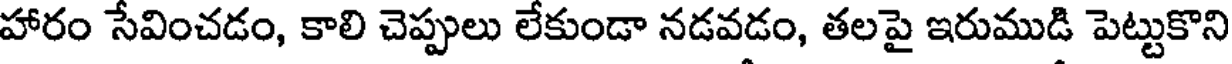
హారం సేవించడం, కాలి చెప్పులు లేకుండా నడవడం, తలపై ఇరుముడి పెట్టుకొని